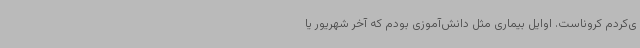
ی‌کردم کروناست. اوایل بیماری مثل دانش‌آموزی بودم که آخر شهریور یا